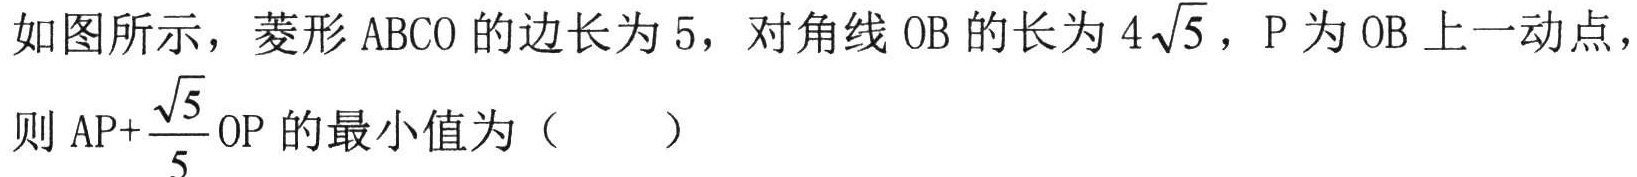
如图所示，菱形\(ABCO\)的边长为\(5\)，对角线\(OB\)的长为\(4\sqrt{5}\)，\(P\)为\(OB\)上一动点，则 \(AP+\frac{\sqrt{5}}{5}OP\) 的最小值为（  ）